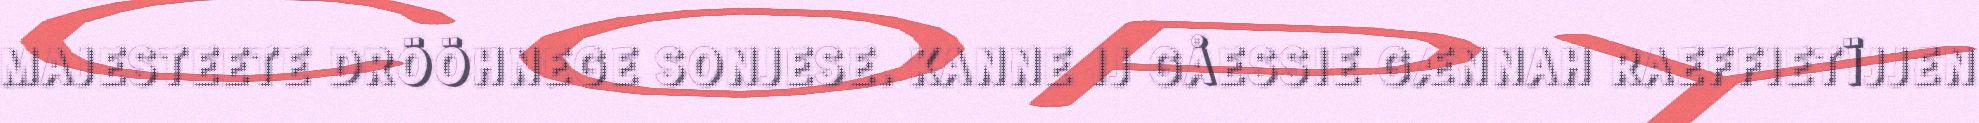
MAJESTEETE DRÖÖHNEGE SONJESE. KANNE IJ GÅESSIE GÆNNAH RAEFFIETÏJJEN